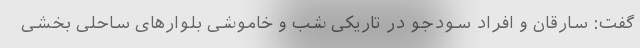
گفت: سارقان و افراد سودجو در تاریکی شب و خاموشی بلوارهای ساحلی بخشی